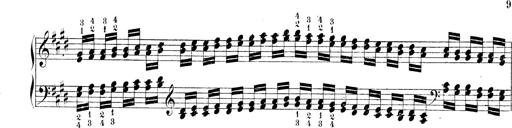
Title: Technische Studien
Composer: Franz Liszt